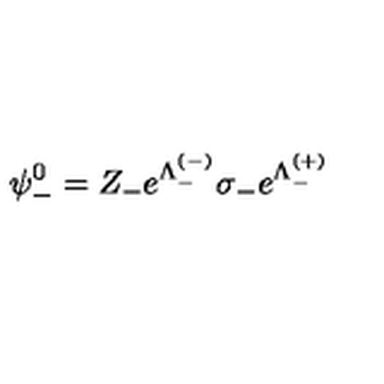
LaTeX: \psi _ { - } ^ { 0 } = Z _ { - } e ^ { \Lambda _ { - } ^ { ( - ) } } \sigma _ { - } e ^ { \Lambda _ { - } ^ { ( + ) } }